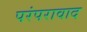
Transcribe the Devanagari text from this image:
परंपरावाद